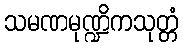
သမဏမုဏ္ဍိကသုတ္တံ